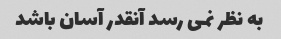
به نظر نمی رسد آنقدر آسان باشد